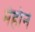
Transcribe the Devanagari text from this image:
मेहोन